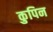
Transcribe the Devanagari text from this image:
कुपिन